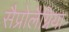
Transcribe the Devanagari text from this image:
सैप्रोलैग्निया